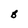
Character: B